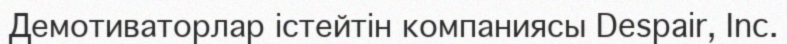
Демотиваторлар істейтін компаниясы Despair, Inc.